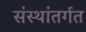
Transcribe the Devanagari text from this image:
संस्थांतर्गत